Scottish Leaving Certificate Examination, 1960
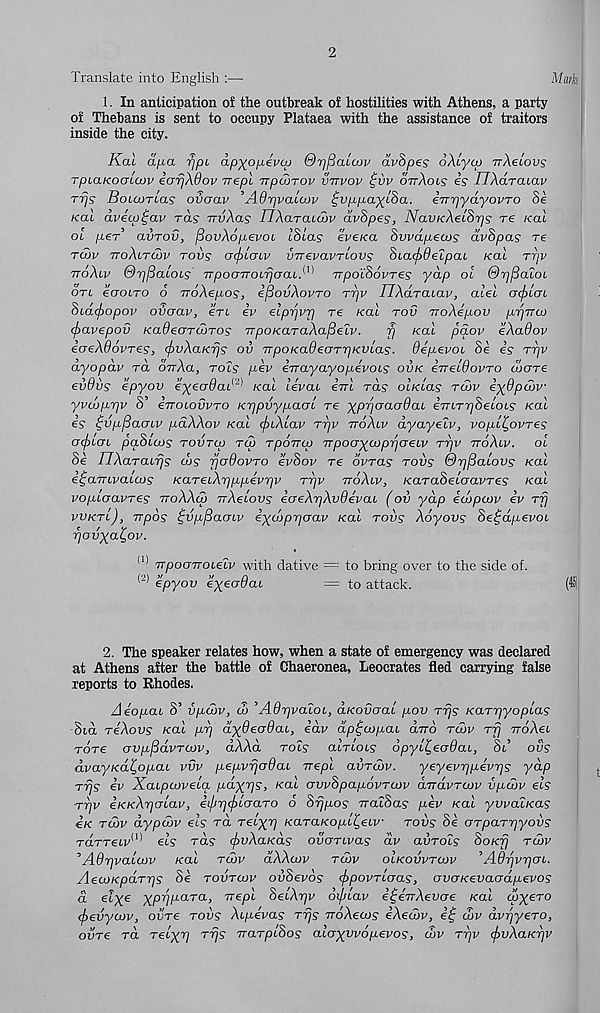
2
Translate into English :—
Mark
1. In anticipation of the outbreak of hostilities with Athens, a party
of Thebans is sent to occupy Plataea with the assistance of traitors
inside the city.
Kal a/xa rjpi ap^op-ivcp ©TjfiaLcov dvSpes oXcycp TrXeiovs
rpcaKocncov iarjXOov Trepl TrpuiTOv vttvov ^vv ottXols is TIXaraLav
rrjs BoicoTcas ovaav ’AOrjvalcov ^vppaycSa. iTrrjydyovTO Se
kcli dvicp^av rds iruXas UXaraiiov dvSpes, NavKXetSrjs re real
ol p.eT avrov, fiovXopevoi ISias evexa Swapews dvSpas re
TGJV TToXiTCVV TOVS OcftbCnV VTTevaVTCOVS StacflOeLpCU Kal TTjV
ttoXlv ©rjfiaiois TrpocrTroLfjcr(uA ) TTpoiSovres yap ol ©r/fialot.
on iooLro 6 TroXepos, ifiovXovTO rr/v UXaraLav, alel orfrloi
Sux(f)opov overav, ztl iv elprjvp re /cat rou noXipov prjTrco
<f>avepov KaOeorooTOS TTpoKaraXafieLv.
fj /cat paov eXaOov
icreXdovres, (frvXaKrjs oil TrpoKadeaTrjKvlas. dipevoc Se is ttjv
dyopdv ra oVAa, rot? pev ijrayayopevocs ovk iireldovTO cocrre
evOvs epyov ’iyeodai' 1 ' 1 real teVat em ra? ot/cta? tu>v iydpcov
yvcoprjv S’ eTrotowro Krjpvypaal re yprjociodai eTrtrT^Setot? /cat
is ^vp^aow pdXXov real cjuXlav rrjv ttoXlv dyayelv, vopl^ovres
acf)Lcn pqSuvs tovtco tu> TpoTrcp rrpoayaiprjoeLv ttjv ttoXlv. ol
Se nXaTaLrjs d>s fjodovTO evSov re ovras tovs ©rj^alovs real
e^amvatai? KareLXrjppevrjv Trjv ttoXlv, /caraSetcraj/re? real
vopLaavres ttoXXcu TrXeLovs iaeXrjXvOivaL (oil yap iuipcov iv rfj
vvktl), Trpos ^vp^aoLv iydiprjaav /cat tovs Xoyovs Se^dpevoL
rjavya^ov.
(1)
(2)
ttpooTTOLeZv with dative = : to bring over to the side of.
epyov eyeoOaL
= to attack.
2. The speaker relates how, when a state of emergency was declared
at Athens after the battle of Chaeronea, Leocrates fled carrying false
reports to Rhodes.
AeopaL S’ iipdiv, d> ’AdrjvaLOL, axovaaL pov rrjs KarrjyopLas
Sid reXovs /cat pr/ dydecrOaL, idv dp^aipaL dvo tcov r-fj rroAet
rare avpjddvTOJv, dXXd rot? alrioLS opyl^ecrOaL, St’ ous
dvayKa^opaL vvv pepvrjadaL Trepl aiiTaiv.
yeyevrjpevrjs yap
rrjs iv XaLpaivelq payr/s, /cat avvSpapovToov aTravTCuv iipdiv els
T-qv iKxXrjcrLav, iiprjcjiLaaTO 6 Srjpos rratSa? pev real yvvalxas
ix tcov dypcvv els rd Teiyp KaraxopL^eLv tovs Se aTpaT-pyoiis
Tarretr' <1) et? ra? <^>i/Aa/ca? ovoTLvas dv aurot? Soxfj tcov
"’Ad-pvalcov xal tcov dXXcov tcov olkovvtcov , A6rjv r poL.
AecoKpdT7]s Se tovtcov oiiSevds cfipovTLoas, oveneevaodpevos
a elye ypppara, nepl SeLXrjv difiLav i^eTrXevcre /cat cpyeTO
(jievycov, ovTe tovs Xipevas Trjs TroXecos iXecov, it; atv dvrjyero,
ovTe ra Telyrj Trjs rraTpLSos alcryvvdpevos, cov Trjv cf>vXaKr]V